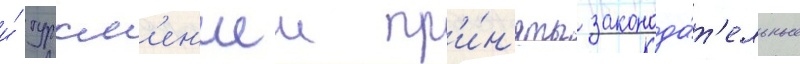
и́ туркм'ен'иеи пр'и́н'яты законода́т'ельные